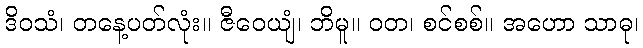
ဒိဝသံ၊ တနေ့ပတ်လုံး။ ဇီဝေယျံ၊ ဘိမူ။ ဝတ၊ စင်စစ်။ အဟော သာဓု၊